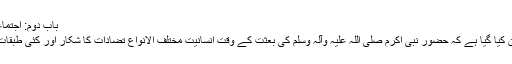
باب دوم: اجتماعی حقوق[ترمیم]
اس باب میں بیان کیا گیا ہے کہ حضور نبی اکرم صلی اللہ علیہ وآلہ وسلم کی بعثت کے وقت انسانیت مختلف الانواع تضادات کا شکار اور کئی طبقات میں تقسیم تھی۔